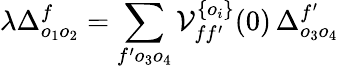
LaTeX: \lambda\Delta_{o_{1}o_{2}}^{f}=\sum_{f^{\prime}o_{3}o_{4}}\mathcal V_{ff^{\prime}}^{\{ o_{i}\} }(0)\, \Delta_{o_{3}o_{4}}^{f^{\prime}}